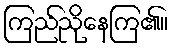
ကြည်ညိုနေကြ၏။